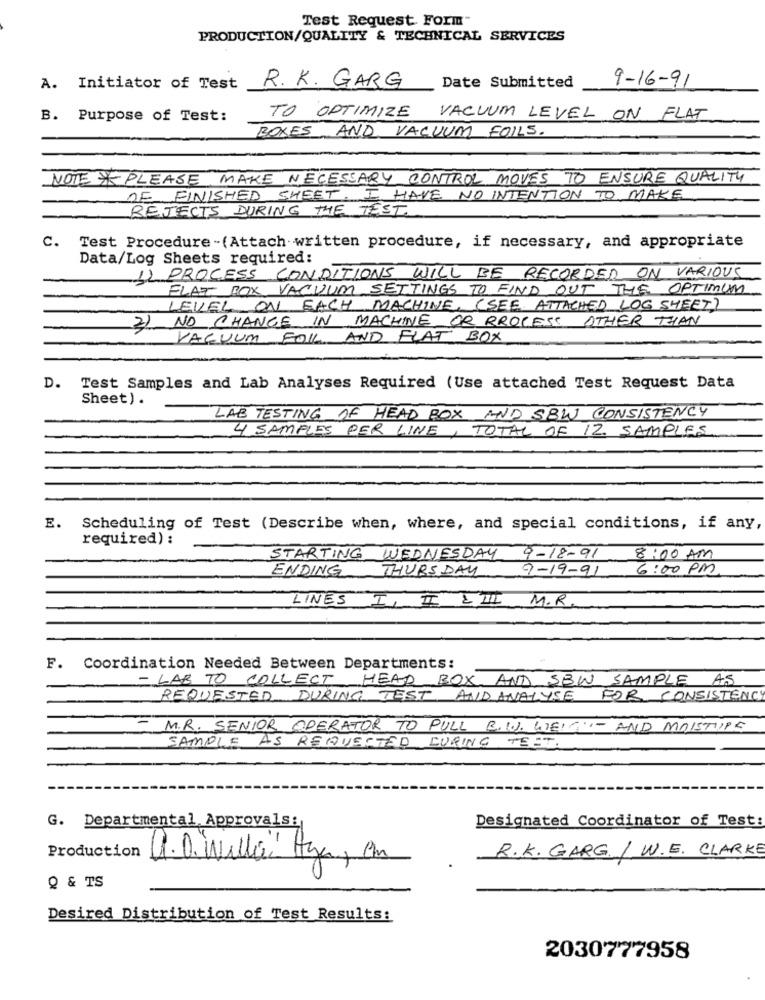
Test Request Form"
PRODUCTION/QUALITY & TECHNICAL SERVICES
R. K. GARG
Date Submitted
9-16-91
A. Initiator of Test
B. Purpose of Test:
TO OPTIMIZE VACUUM LEVEL ON FLAT
BOXES AND VACUUM FOILS.
NOTE PLEASE MAKE NECESSARY CONTROL MOVES TO ENSURE QUALITY
OF FINISHED SHEET. I HAVE NO INTENTION TO MAKE
REJECTS DURING THE TEST.
C. Test Procedure -(Attach written procedure, if necessary, and appropriate
Data/Log Sheets required:
12 PROCESS CONDITIONS WILL BE RECORDED ON VARIOUS
FLAT BOX VACUUM SETTINGS TO FIND OUT THE OPTIMUM
LEVEL ON EACH MACHINE. ( SEE ATTACHED LOG SHEET)
2) NO CHANGE IN MACHINE OR PROCESS OTHER THAN
VACUUM FOLL AND FLAT BOX
D. Test Samples and Lab Analyses Required (Use attached Test Request Data
Sheet).
LAB TESTING OF HEAD BOX AND SBW CONSISTENCY
4 SAMPLES PER LINE, TOTAL OF 12 SAMPLES.
E. Scheduling of Test (Describe when, where, and special conditions, if any,
required) :
STARTING WEDNESDAY 9-18-91 8:00 AM
ENDING THURSDAY 9-19-91
6:00 PM
LINES I, II EIII M.R.
F. Coordination Needed Between Departments:
- LAB TO COLLECT
HEAD BOX AND SBW SAMPLE AS
REQUESTED DURING TEST AND ANALYSE FOR CONSISTENCY
- M.R. SENIOR OPERATOR TO PULL B. WW. WEIGHT AND MOISTIPS
SAMPLE AS REQUESTED DURING TEET.
G. Departmental Approvals:
Designated Coordinator of Test
R.K. GARG. / W. E. CLARKE
Production
U.O."Willa" Azar, em
Q & TS
Desired Distribution of Test Results:
2030777958